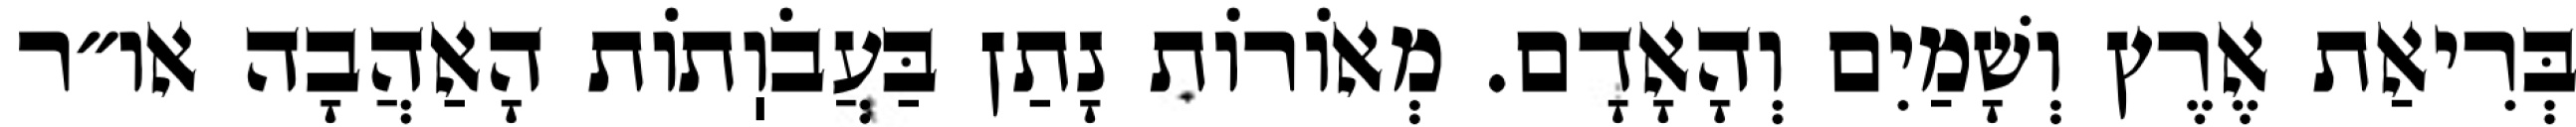
בְּרִיאַת אֶרֶץ וְשָׁמַיִם וְהָאָדָם. מְאוֹרוֹת נָתַן בַּעֲבֹוֽתוֹת הָאַהֲבָה או״ר